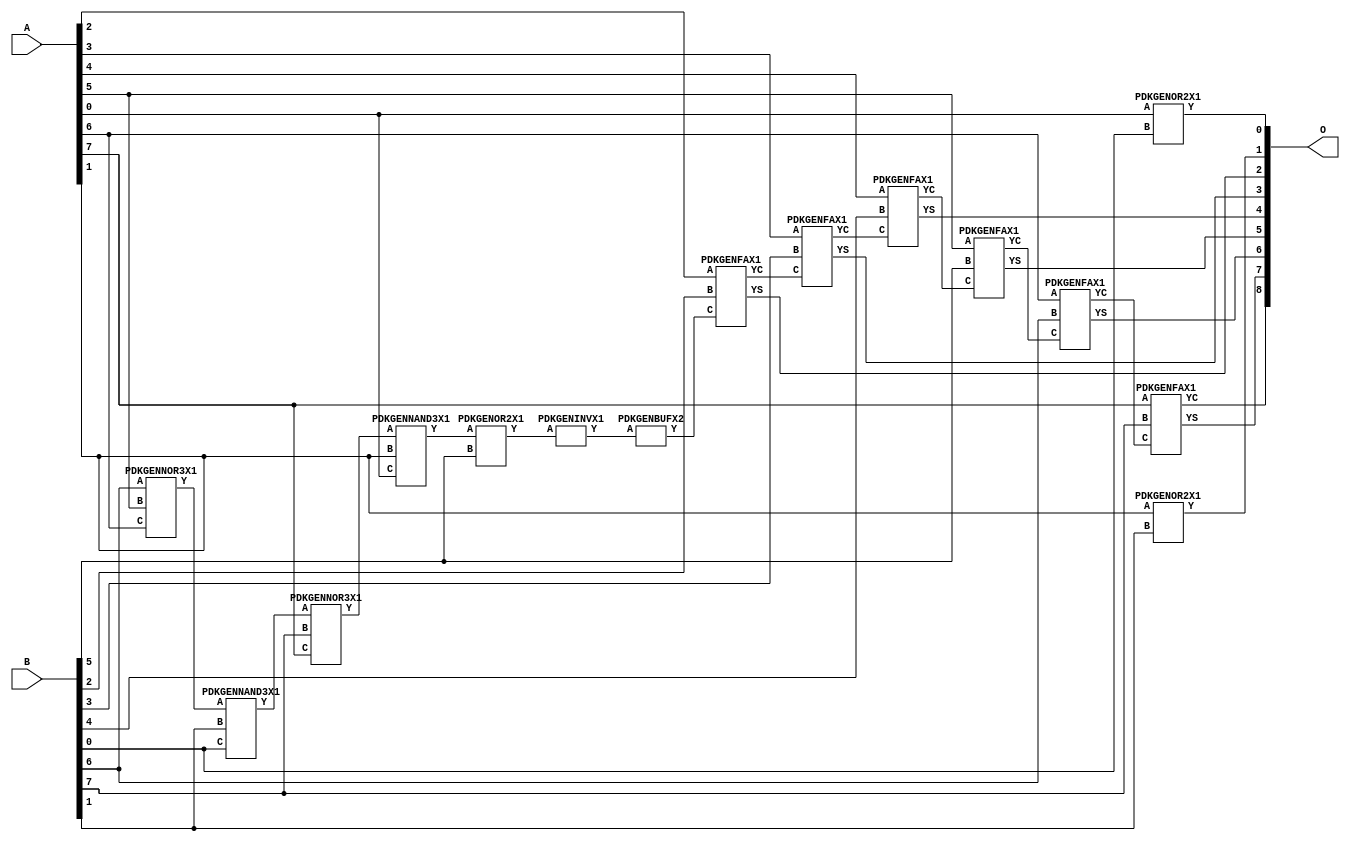
// Library = EvoApprox8b
// Circuit = add8_156
// Area   (180) = 1056
// Delay  (180) = 2.060
// Power  (180) = 262.40
// Area   (45) = 75
// Delay  (45) = 0.780
// Power  (45) = 25.92
// Nodes = 15
// HD = 89608
// MAE = 0.74805
// MSE = 1.49219
// MRE = 0.39 %
// WCE = 3
// WCRE = 50 %
// EP = 43.8 %

module add8_156(A, B, O);
  input [7:0] A;
  input [7:0] B;
  output [8:0] O;
  wire [2031:0] N;

  assign N[0] = A[0];
  assign N[1] = A[0];
  assign N[2] = A[1];
  assign N[3] = A[1];
  assign N[4] = A[2];
  assign N[5] = A[2];
  assign N[6] = A[3];
  assign N[7] = A[3];
  assign N[8] = A[4];
  assign N[9] = A[4];
  assign N[10] = A[5];
  assign N[11] = A[5];
  assign N[12] = A[6];
  assign N[13] = A[6];
  assign N[14] = A[7];
  assign N[15] = A[7];
  assign N[16] = B[0];
  assign N[17] = B[0];
  assign N[18] = B[1];
  assign N[19] = B[1];
  assign N[20] = B[2];
  assign N[21] = B[2];
  assign N[22] = B[3];
  assign N[23] = B[3];
  assign N[24] = B[4];
  assign N[25] = B[4];
  assign N[26] = B[5];
  assign N[27] = B[5];
  assign N[28] = B[6];
  assign N[29] = B[6];
  assign N[30] = B[7];
  assign N[31] = B[7];

  PDKGENOR2X1 n32(.A(N[0]), .B(N[16]), .Y(N[32]));
  PDKGENNOR3X1 n38(.A(N[28]), .B(N[10]), .C(N[12]), .Y(N[38]));
  assign N[39] = N[38];
  PDKGENNAND3X1 n52(.A(N[39]), .B(N[18]), .C(N[16]), .Y(N[52]));
  assign N[53] = N[52];
  PDKGENNOR3X1 n58(.A(N[53]), .B(N[30]), .C(N[14]), .Y(N[58]));
  assign N[59] = N[58];
  PDKGENNAND3X1 n62(.A(N[59]), .B(N[2]), .C(N[0]), .Y(N[62]));
  assign N[63] = N[62];
  PDKGENOR2X1 n82(.A(N[2]), .B(N[18]), .Y(N[82]));
  assign N[83] = N[82];
  PDKGENOR2X1 n104(.A(N[63]), .B(N[26]), .Y(N[104]));
  assign N[105] = N[104];
  PDKGENINVX1 n126(.A(N[105]), .Y(N[126]));
  assign N[127] = N[126];
  PDKGENBUFX2 n130(.A(N[127]), .Y(N[130]));
  assign N[131] = N[130];
  PDKGENFAX1 n132(.A(N[4]), .B(N[20]), .C(N[131]), .YS(N[132]), .YC(N[133]));
  PDKGENFAX1 n182(.A(N[6]), .B(N[22]), .C(N[133]), .YS(N[182]), .YC(N[183]));
  PDKGENFAX1 n232(.A(N[8]), .B(N[24]), .C(N[183]), .YS(N[232]), .YC(N[233]));
  PDKGENFAX1 n282(.A(N[10]), .B(N[26]), .C(N[233]), .YS(N[282]), .YC(N[283]));
  PDKGENFAX1 n332(.A(N[12]), .B(N[28]), .C(N[283]), .YS(N[332]), .YC(N[333]));
  PDKGENFAX1 n382(.A(N[14]), .B(N[30]), .C(N[333]), .YS(N[382]), .YC(N[383]));

  assign O[0] = N[32];
  assign O[1] = N[83];
  assign O[2] = N[132];
  assign O[3] = N[182];
  assign O[4] = N[232];
  assign O[5] = N[282];
  assign O[6] = N[332];
  assign O[7] = N[382];
  assign O[8] = N[383];

endmodule
/* mod */
module PDKGENNAND3X1(input A, input B, input C, output Y );
     assign Y = ~((A & B) & C);
endmodule
/* mod */
module PDKGENOR2X1(input A, input B, output Y );
     assign Y = A | B;
endmodule
/* mod */
module PDKGENINVX1(input A, output Y );
     assign Y = ~A;
endmodule
/* mod */
module PDKGENFAX1( input A, input B, input C, output YS, output YC );
    assign YS = (A ^ B) ^ C;
    assign YC = (A & B) | (B & C) | (A & C);
endmodule
/* mod */
module PDKGENNOR3X1(input A, input B, input C, output Y );
     assign Y = ~((A | B) | C);
endmodule
/* mod */
module PDKGENBUFX2(input A, output Y );
     assign Y = A;
endmodule